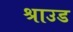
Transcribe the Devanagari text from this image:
श्राउड